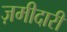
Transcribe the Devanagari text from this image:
ज़मीदारी